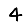
Digit: 4